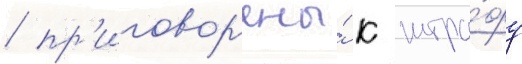
/ пр'иговор'ены́ к штра́фу